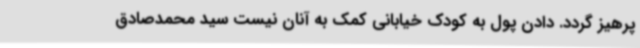
پرهیز گردد. دادن پول به کودک خیابانی کمک به آنان نیست سید محمدصادق